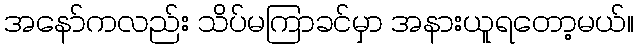
အနော်ကလည်း သိပ်မကြာခင်မှာ အနားယူရတော့မယ်။